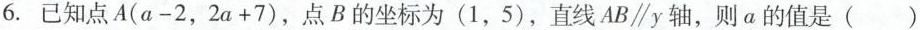
6.已知点A($$a - 2$$，$$2 a + 7$$)，点B的坐标为(1，5)，直线AB\parallel y轴，则a的值是( )